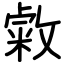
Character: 敹